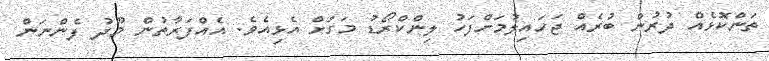
ތަންކޮޅެއް ދުރުން ބުރެއް ޖަހައިލުމަށްފަހު ލިންކްރޯޑު މަގަށް އެޅިއެވެ. އެއްފަރާތުން މޫދު ފެންނަން